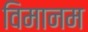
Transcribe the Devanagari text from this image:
विमानम